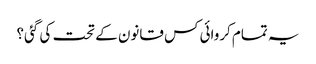
یہ تمام کروائی کس قانون کے تحت کی گئی؟